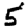
Digit: 5